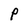
Character: P